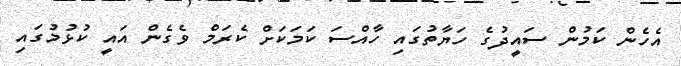
އެހެން ކަމުން ސައީދުގެ ހަޔާތުގައި ހާއްސަ ކަމަކަށް ކެރަމް ވެގެން އައީ ކުޅުމުގައި